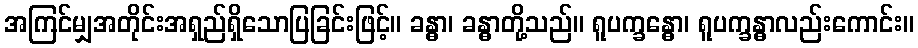
အကြင်မျှအတိုင်းအရှည်ရှိသောပြခြင်းဖြင့်။ ခန္ဓာ၊ ခန္ဓာတို့သည်။ ရူပက္ခန္ဓော၊ ရူပက္ခန္ဓာလည်းကောင်း။